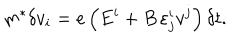
m ^ { * } \delta v _ { i } = e \left( E ^ { i } + B \, \varepsilon _ { j } ^ { i } { } v ^ { j } \right) \delta { t } .